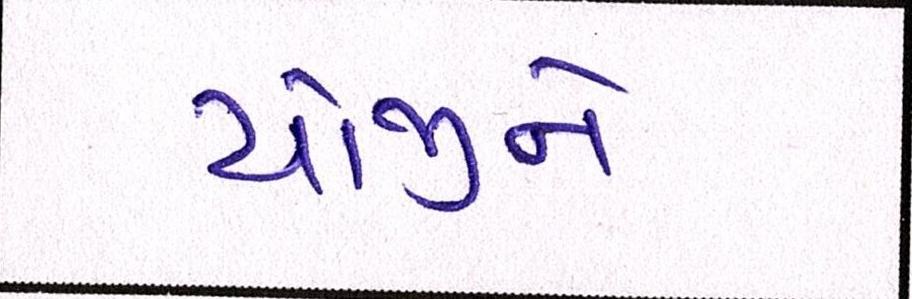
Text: યોજીને